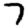
Digit: 7